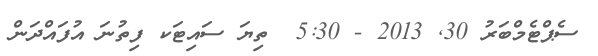
ސެޕްޓެމްބަރު 30